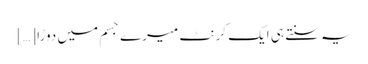
یہ سنتے ہی ایک کرنٹ میرے جسم میں دوڑا […]